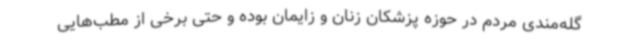
گله‌مندی مردم در حوزه پزشکان زنان و زایمان بوده و حتی برخی از مطب‌هایی